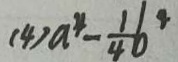
( 4 ) a ^ { 4 } - \frac { 1 } { 4 } b ^ { 4 }